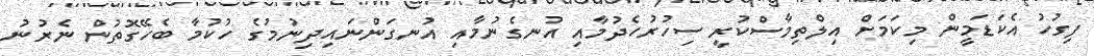
ފިގުހު އެކަޑަމީން މިކަމަށް އިލްތިމާސްކުރީ ސިހުރުހެދުމާއި އުނގެނުމާއި އުނގަންނައިދިނުމުގެ ހުކުމާ ބެހޭގޮތުން ނެރުނު